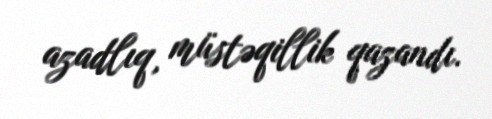
azadlıq, müstəqillik qazandı.